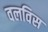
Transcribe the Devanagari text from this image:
वलविस